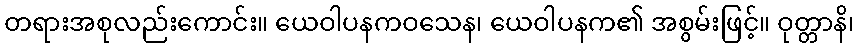
တရားအစုလည်းကောင်း။ ယေဝါပနကဝသေန၊ ယေဝါပနက၏ အစွမ်းဖြင့်။ ဝုတ္တာနိ၊